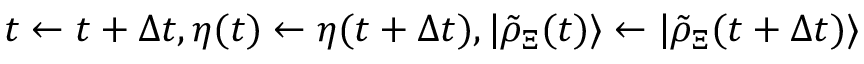
t \gets t + \Delta t , \eta ( t ) \gets \eta ( t + \Delta t ) , | \tilde { \rho } _ { \Xi } ( t ) \rangle \gets | \tilde { \rho } _ { \Xi } ( t + \Delta t ) \rangle